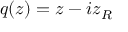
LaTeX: q ( z ) = z - i z _ { R }